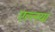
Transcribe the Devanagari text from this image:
एल्लया